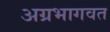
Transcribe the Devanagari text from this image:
अग्रभागवत